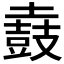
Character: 𪔌